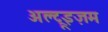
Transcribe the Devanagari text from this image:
अल्ट्रूइज़म